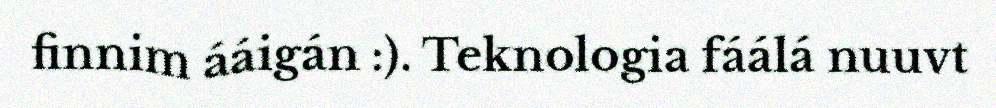
finnim ááigán :). Teknologia fáálá nuuvt